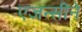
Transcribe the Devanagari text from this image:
एजन्सीने